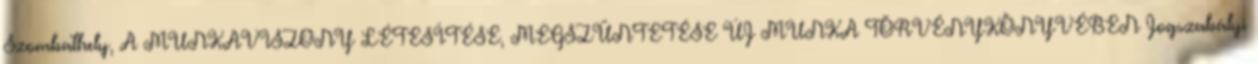
Szombathely, A MUNKAVISZONY LÉTESÍTÉSE, MEGSZÜNTETÉSE ÚJ MUNKA TÖRVÉNYKÖNYVÉBEN Jogszabályi